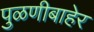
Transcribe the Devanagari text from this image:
पुळणीबाहेर